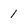
Character: 1